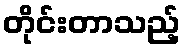
တိုင်းတာသည့်